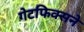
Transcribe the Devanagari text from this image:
गेटफिक्सने